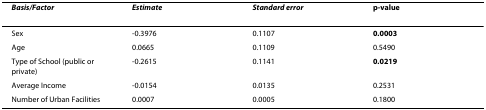
<table><thead><tr><td><b><i>Basis/Factor</i></b></td><td><b><i>Estimate</i></b></td><td><b><i>Standard error</i></b></td><td><b>p-value</b></td></tr></thead><tbody><tr><td>Sex</td><td>-0.3976</td><td>0.1107</td><td><b>0.0003</b></td></tr><tr><td>Age</td><td>0.0665</td><td>0.1109</td><td>0.5490</td></tr><tr><td>Type of School (public or private)</td><td>-0.2615</td><td>0.1141</td><td><b>0.0219</b></td></tr><tr><td>Average Income</td><td>-0.0154</td><td>0.0135</td><td>0.2531</td></tr><tr><td>Number of Urban Facilities</td><td>0.0007</td><td>0.0005</td><td>0.1800</td></tr></tbody></table>